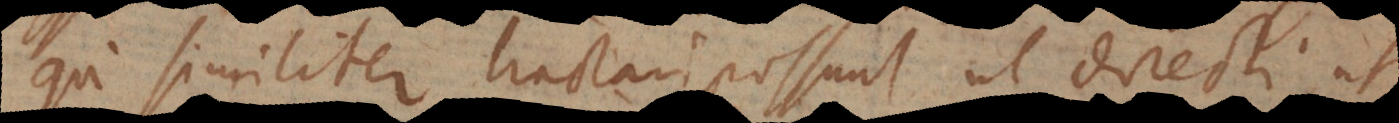
qui similiter tractari possunt ut directi, ut